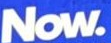
Now